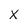
Character: x